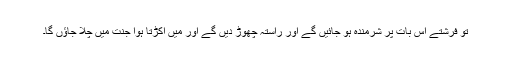
تو فرشتے اس بات پر شرمندہ ہو جائیں گے اور راستہ چھوڑ دیں گے اور مَیں اکڑتا ہوا جنت میں چلا جاؤں گا۔